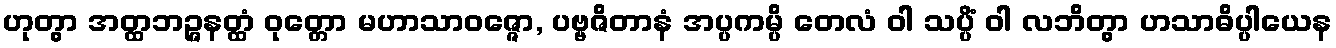
ဟုတွာ အတ္ထဘဉ္ဇနတ္ထံ ဝုတ္တော မဟာသာဝဇ္ဇော, ပဗ္ဗဇိတာနံ အပ္ပကမ္ပိ တေလံ ဝါ သပ္ပိံ ဝါ လဘိတွာ ဟသာဓိပ္ပါယေန